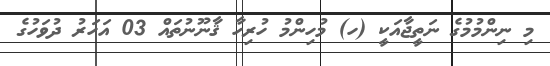
މި ނިންމުމުގެ ނަތީޖާއަކީ (ހ) މުހިންމު ހުރިހާ ޤާނޫނުތައް 03 އަހަރު ދުވަހުގެ